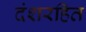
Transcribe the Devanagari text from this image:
दंशरहित